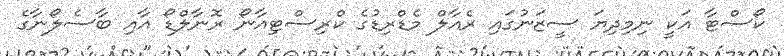
ކޯސްޓާ އަކީ ނިމިދިޔަ ސީޒަނުގައި ރެއާލް މެޑްރިޑުގެ ކްރިސްޓިއާނޯ ރޮނާލްޑޯ އާއި ބާސެލޯނާގެ